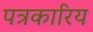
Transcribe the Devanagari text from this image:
पत्रकारिय